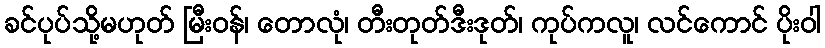
ခင်ပုပ်သို့မဟုတ် မြီးဝန်၊ တောလုံ၊ တီးတုတ်ဒီးဒုတ်၊ ကုပ်ကလူ၊ လင်ကောင် ပိုးဝါ